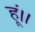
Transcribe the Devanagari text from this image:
हूं।।